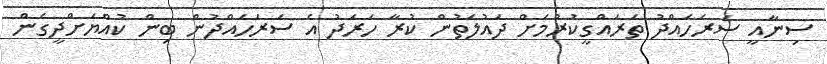
ސިނާއީ ސަރަހައްދު ތަރައްގީކުރުމަށް ދައުލަތުން ކުރާ ހަރަދު އެ ސަރަހައްދުން ބިން ކުއްޔަށްދީގެން